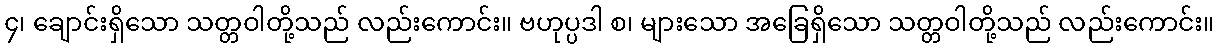
၄၊ ချောင်းရှိသော သတ္တဝါတို့သည် လည်းကောင်း။ ဗဟုပ္ပဒါ စ၊ များသော အခြေရှိသော သတ္တဝါတို့သည် လည်းကောင်း။